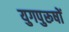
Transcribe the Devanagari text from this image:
युगपुरूषों